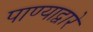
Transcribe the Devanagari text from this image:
पाण्याद्वारे